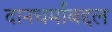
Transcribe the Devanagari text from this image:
दानधर्माबद्दल